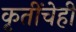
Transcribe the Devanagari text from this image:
कृतींचेही